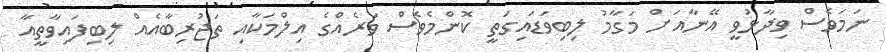
ނަމަވެސް ވިދާޅުވީ އޭނާއަށް މަގާމު ލިބިވަޑައިގަތީ ކޮންމެވެސް ވަރެއްގެ އިލްމަކާއި ތަޖުރިބާއެއް ލިބިފައިވާތީއާ